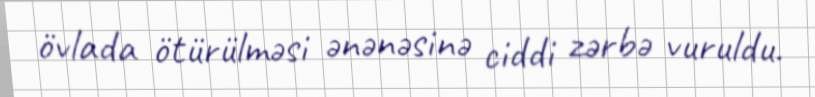
övlada ötürülməsi ənənəsinə ciddi zərbə vuruldu.